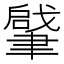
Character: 𦘥